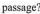
passage?